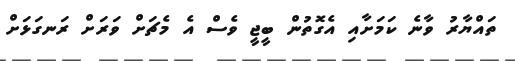
ތައްޔާރު ވާނެ ކަމަށާއި އެގޮތުން ބީޖީ ވެސް އެ މެޗަށް ވަރަށް ރަނގަޅަށް